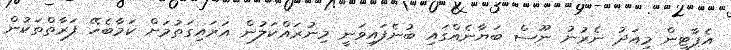
އެޕާޓީން މިއަދު ނެރުނު ނޫސް ބަޔާނެއްގައި ބުނެފައިވަނީ މިނުރައްކަލުން އަރައިގަތުމަށް ކަމާބެހޭ ފަރާތްތަކުން